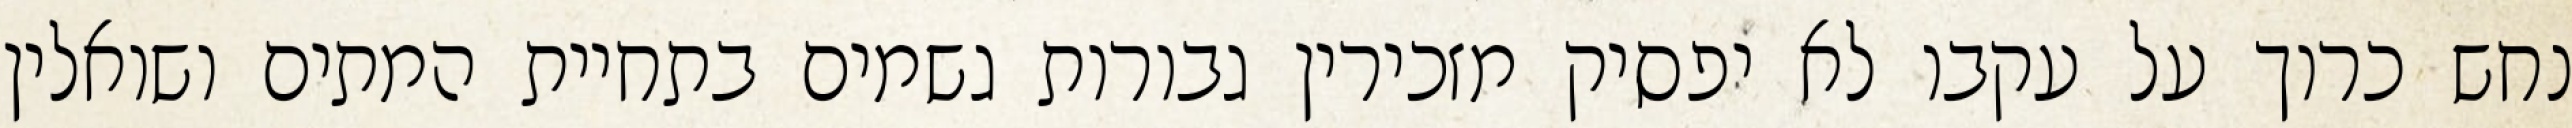
נחש כרוך על עקבו לא יפסיק מזכירין גבורות גשמים בתחיית המתים ושואלין